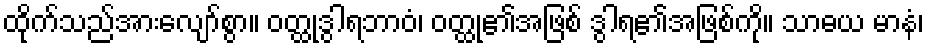
ထိုက်သည်အားလျော်စွာ။ ဝတ္ထုဒွါရဘာဝံ၊ ဝတ္ထု၏အဖြစ် ဒွါရ၏အဖြစ်ကို။ သာဓယ မာနံ၊